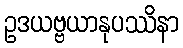
ဥဒယဗ္ဗယာနုပဿိနာ